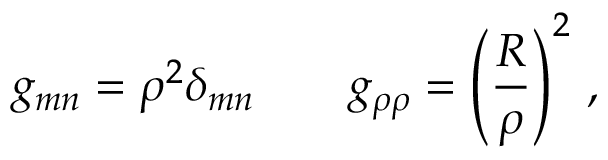
g _ { m n } = \rho ^ { 2 } \delta _ { m n } \qquad g _ { \rho \rho } = \left( { \frac { R } { \rho } } \right) ^ { 2 } \, ,